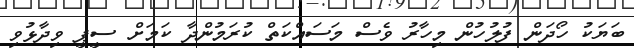
ބަޔަކު ހޯދަން ފުލުހުން މިހާރު ވެސް މަސައްކަތް ކުރަމުންދާ ކަމަށް ސީޕީ ވިދާޅުވި